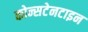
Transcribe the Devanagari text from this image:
कोन्सटेनटाइन